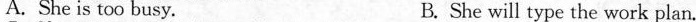
A. She is too busy. B. She will type the work plan.